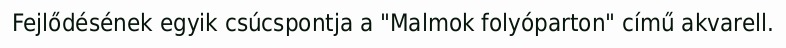
Fejlődésének egyik csúcspontja a "Malmok folyóparton" című akvarell.